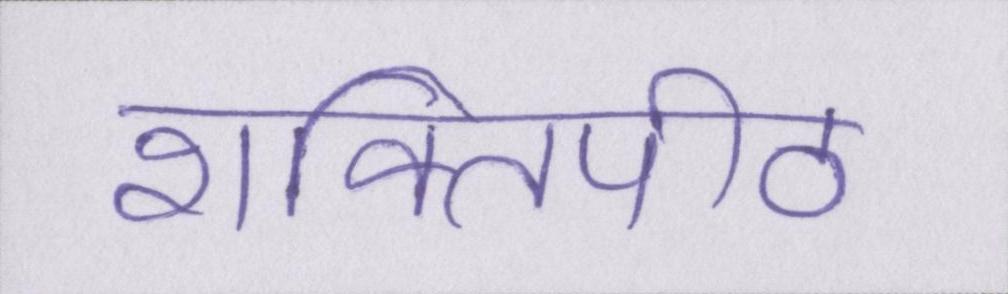
शक्तिपीठ